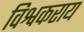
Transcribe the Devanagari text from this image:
विश्वकराय